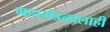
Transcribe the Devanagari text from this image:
महामंडळालाही